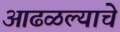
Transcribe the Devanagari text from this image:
आढळल्याचे